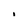
Character: 1